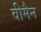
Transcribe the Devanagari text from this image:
वीमैन